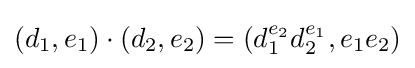
(d_{1},e_{1})\cdot (d_{2},e_{2})=(d_{1}^{e_{2}}d_{2}^{e_{1}},e_{1}e_{2})